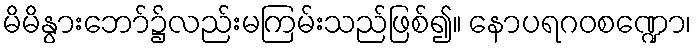
မိမိနွားဘော်၌လည်းမကြမ်းသည်ဖြစ်၍။ နောပရဂဝစဏ္ဍော၊